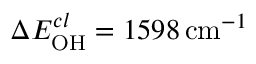
\Delta E _ { \mathrm { O H } } ^ { c l } = 1 5 9 8 \, \mathrm { c m } ^ { - 1 }